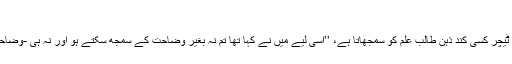
‘‘
اس کے باپ نے بلند آواز میں اپنا گلا صاف کرتے ہوئے اس طرح کہنا شروع کیا جیسے ایک ٹیچر کسی کند ذہن طالب علم کو سمجھاتا ہے، ’’اسی لیے میں نے کہا تھا تم نہ بغیر وضاحت کے سمجھ سکتے ہو اور نہ ہی -وضاحت کے ساتھ-” ٹینگو نے اپنے ہاتھ اپنی گود میں موڑے اور اپنے باپ کی طرف ایک نظر کی۔